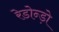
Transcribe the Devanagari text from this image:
रेडोन्ड़ो